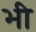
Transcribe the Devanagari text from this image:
भ्‍ाी